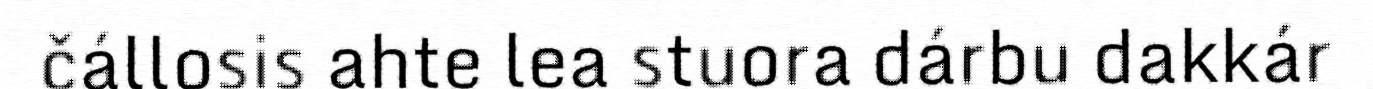
čállosis ahte lea stuora dárbu dakkár